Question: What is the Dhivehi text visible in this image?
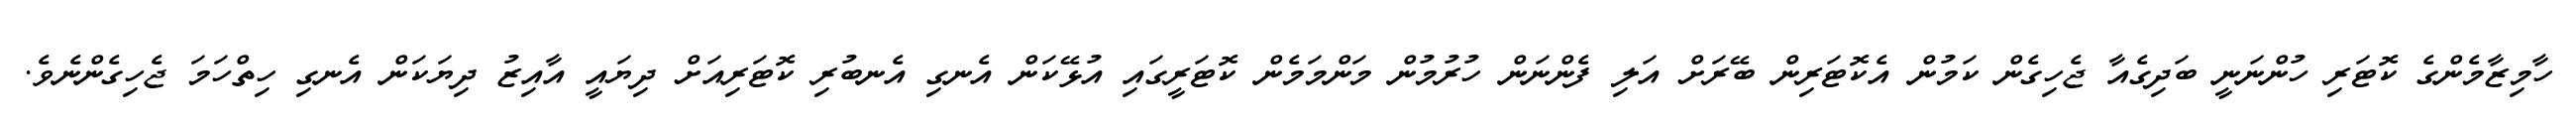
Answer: ހާމިޒާމެންގެ ކޮޓަރި ހުންނަނީ ބަދިގެއާ ޖެހިގެން ކަމުން އެކޮޓަރިން ބޭރަށް އަލި ފެންނަން ހުރުމުން މަންމަމެން ކޮޓަރީގައި އުޅޭކަން އެނގި އެނބުރި ކޮޓަރިއަށް ދިޔައީ އާއިޒު ދިޔަކަން އެނގި ހިތްހަމަ ޖެހިގެންނެވެ.